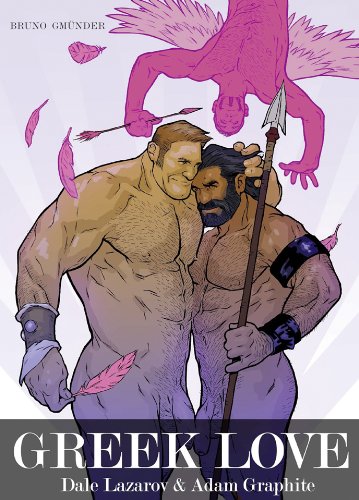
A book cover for Greek Love; Dale Lazarov; Comics & Graphic Novels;